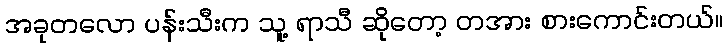
အခုတလော ပန်းသီးက သူ့ ရာသီ ဆိုတော့ တအား စားကောင်းတယ်။